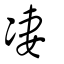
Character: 凄